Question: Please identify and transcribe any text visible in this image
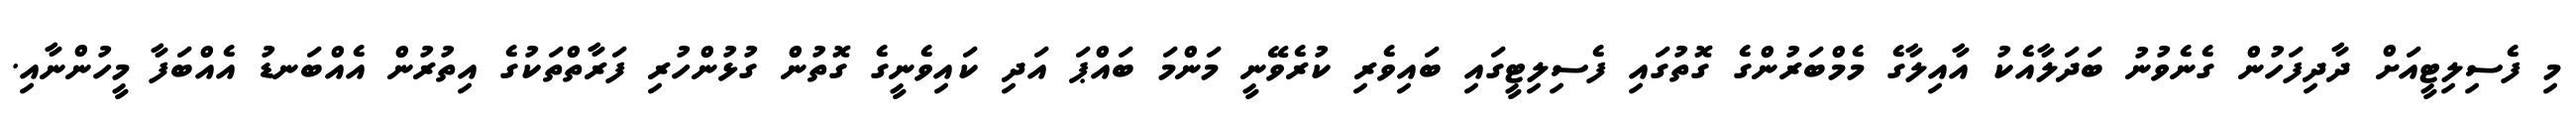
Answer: މި ފެސިލިޓީއަށް ދާދިފަހުން ގެނެވުނު ބަދަލާއެކު އާއިލާގެ މެމްބަރުންގެ ގޮތުގައި ފެސިލިޓީގައި ބައިވެރި ކުރެވޭނީ މަންމަ ބައްޕަ އަދި ކައިވެނީގެ ގޮތުން ގުޅުންހުރި ފަރާތްތަކުގެ އިތުރުން އެއްބަނޑު އެއްބަފާ މީހުންނާއި.